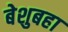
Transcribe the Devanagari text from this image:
बेशुबहा